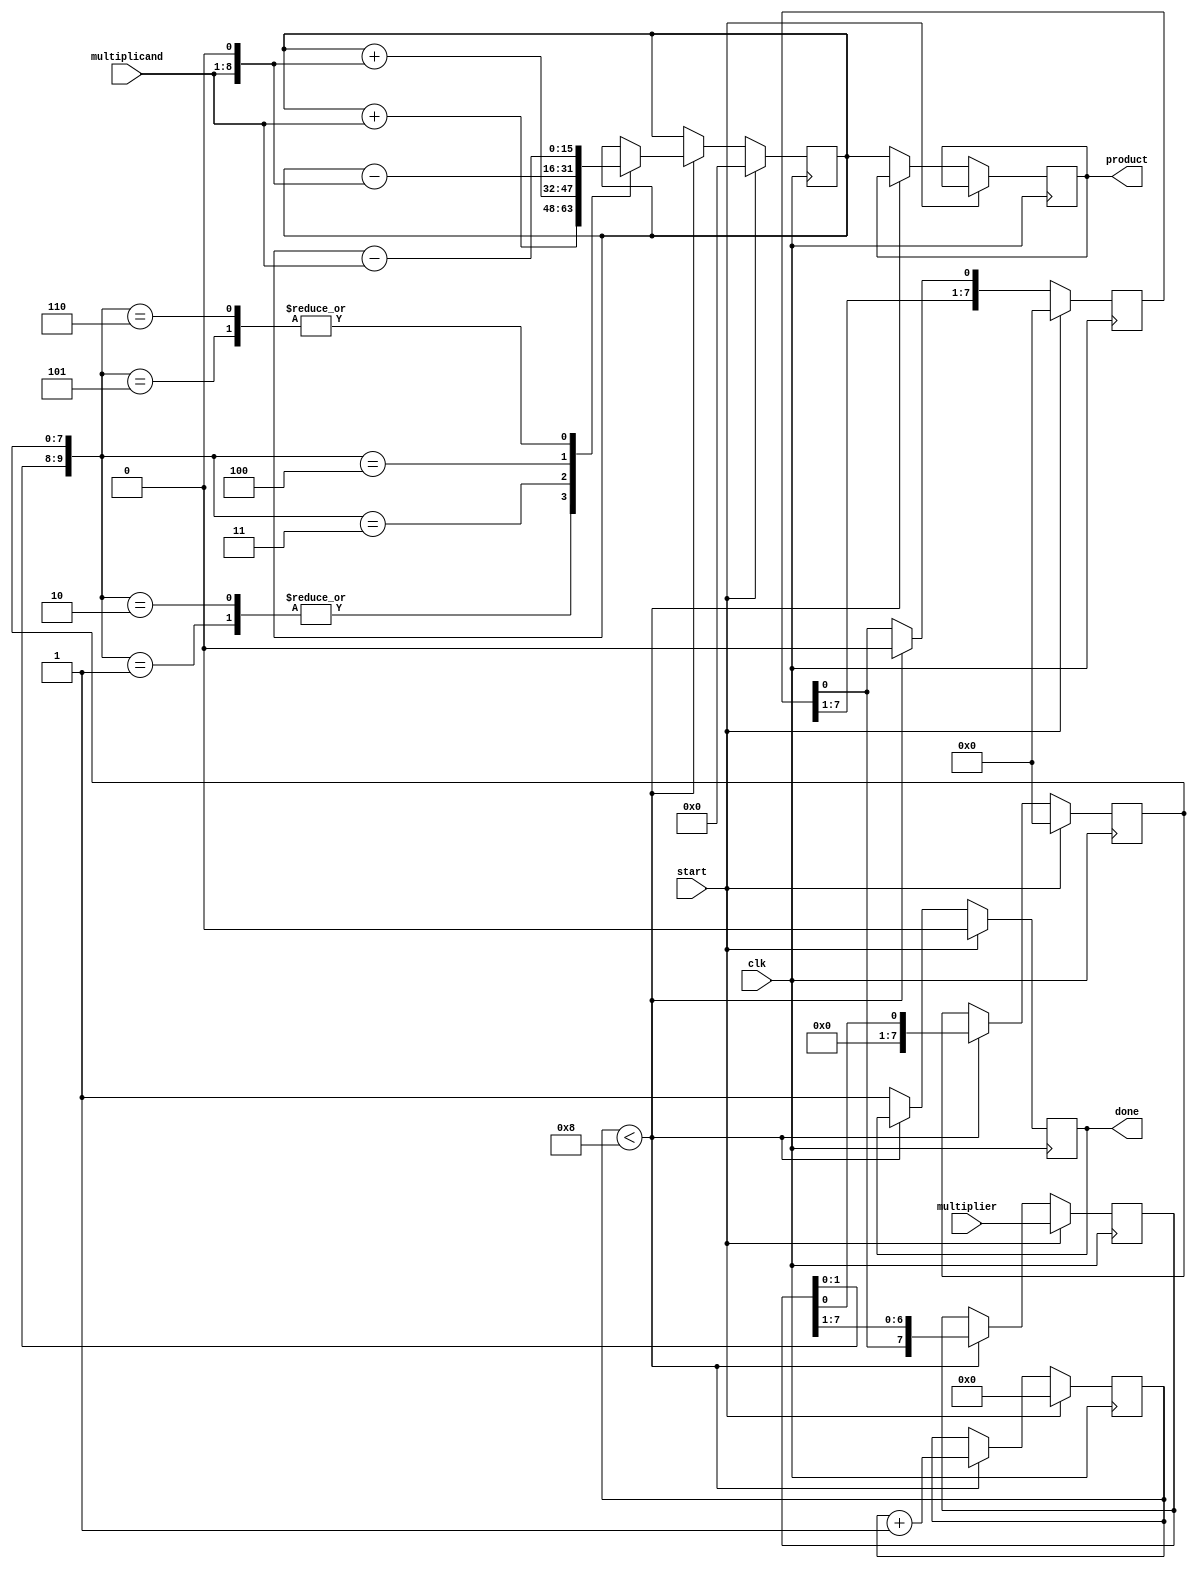
module radix4_multiplier (
    input wire [7:0] multiplicand, // 8-bit multiplicand
    input wire [7:0] multiplier,    // 8-bit multiplier
    input wire clk,                 // Clock signal
    input wire start,               // Start signal
    output reg [15:0] product,      // 16-bit product
    output reg done                 // Done signal
);

    reg [7:0] A, Q;                 // A: Accumulator, Q: Multiplier
    reg [7:0] Q_1;                  // Q-1: Previous bit of multiplier
    reg [15:0] P;                   // Partial product
    reg [3:0] count;                // Count for iterations
    wire [15:0] pp0, pp1, pp2, pp3; // Partial products

    // Booth Encoder Logic
    always @(posedge clk) begin
        if (start) begin
            A <= 8'b0;
            Q <= multiplier;
            Q_1 <= 1'b0;
            P <= 16'b0;
            count <= 4'b0;
            done <= 1'b0;
        end else if (count < 8) begin
            case ({Q[1:0], Q_1})
                3'b000: begin // 0
                    // Do nothing
                end
                3'b001: begin // +1
                    P = P + {8'b0, multiplicand}; // Add multiplicand
                end
                3'b010: begin // +1
                    P = P + {8'b0, multiplicand}; // Add multiplicand
                end
                3'b011: begin // +2
                    P = P + {7'b0, multiplicand, 1'b0}; // Add multiplicand shifted left
                end
                3'b100: begin // -2
                    P = P - {7'b0, multiplicand, 1'b0}; // Subtract multiplicand shifted left
                end
                3'b101: begin // -1
                    P = P - {8'b0, multiplicand}; // Subtract multiplicand
                end
                3'b110: begin // -1
                    P = P - {8'b0, multiplicand}; // Subtract multiplicand
                end
                3'b111: begin // 0
                    // Do nothing
                end
            endcase
            
            // Arithmetic shift right
            Q_1 <= Q[0];
            Q <= {A[0], Q[7:1]};
            A <= {A[7:1], 1'b0}; // Shift A right
            count <= count + 1;
        end else begin
            product <= P; // Assign final product
            done <= 1'b1; // Indicate completion
        end
    end
endmodule